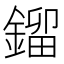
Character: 鎦